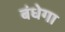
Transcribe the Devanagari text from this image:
बंधेगा